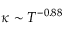
\kappa \sim T ^ { - 0 . 8 8 }